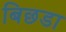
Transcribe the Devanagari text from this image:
बिछडा